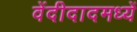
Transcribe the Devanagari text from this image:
वेंदीदादमध्यें